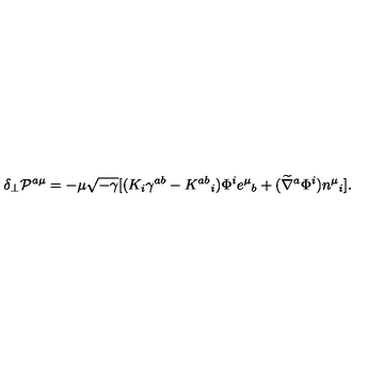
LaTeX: \delta _ { \perp } { \cal P } ^ { a \mu } = - \mu \sqrt { - \gamma } [ ( K _ { i } \gamma ^ { a b } - K ^ { a b } { } _ { i } ) \Phi ^ { i } e ^ { \mu } { } _ { b } + ( \widetilde \nabla ^ { a } \Phi ^ { i } ) n ^ { \mu } { } _ { i } ] .